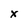
Character: x